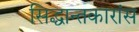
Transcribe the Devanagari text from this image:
सिद्धान्तकारांस